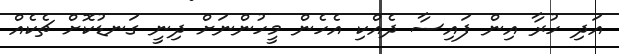
އަދި ހުރާ އިން ފައިސާ ދެއްކި އެހެން މީހުންނަށް ދިނީ ގަނޑުކޮށް ޗެކެއް